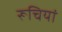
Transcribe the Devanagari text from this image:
रूचियां